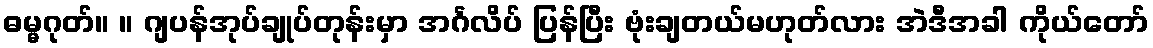
ဓမ္မဂုတ်။ ။ ဂျပန်အုပ်ချုပ်တုန်းမှာ အင်္ဂလိပ် ပြန်ပြီး ဗုံးချတယ်မဟုတ်လား အဲဒီအခါ ကိုယ်တော်